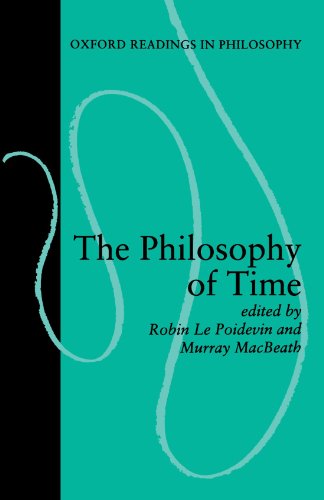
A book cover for The Philosophy of Time (Oxford Readings in Philosophy); Science & Math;